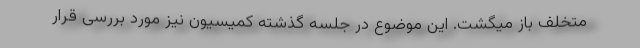
متخلف باز میگشت. این موضوع در جلسه گذشته کمیسیون نیز مورد بررسی قرار